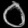
Digit: ၀